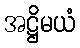
အဋ္ဌိမယံ